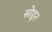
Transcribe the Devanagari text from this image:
सोडूून